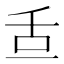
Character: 𦧆